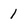
Character: 1